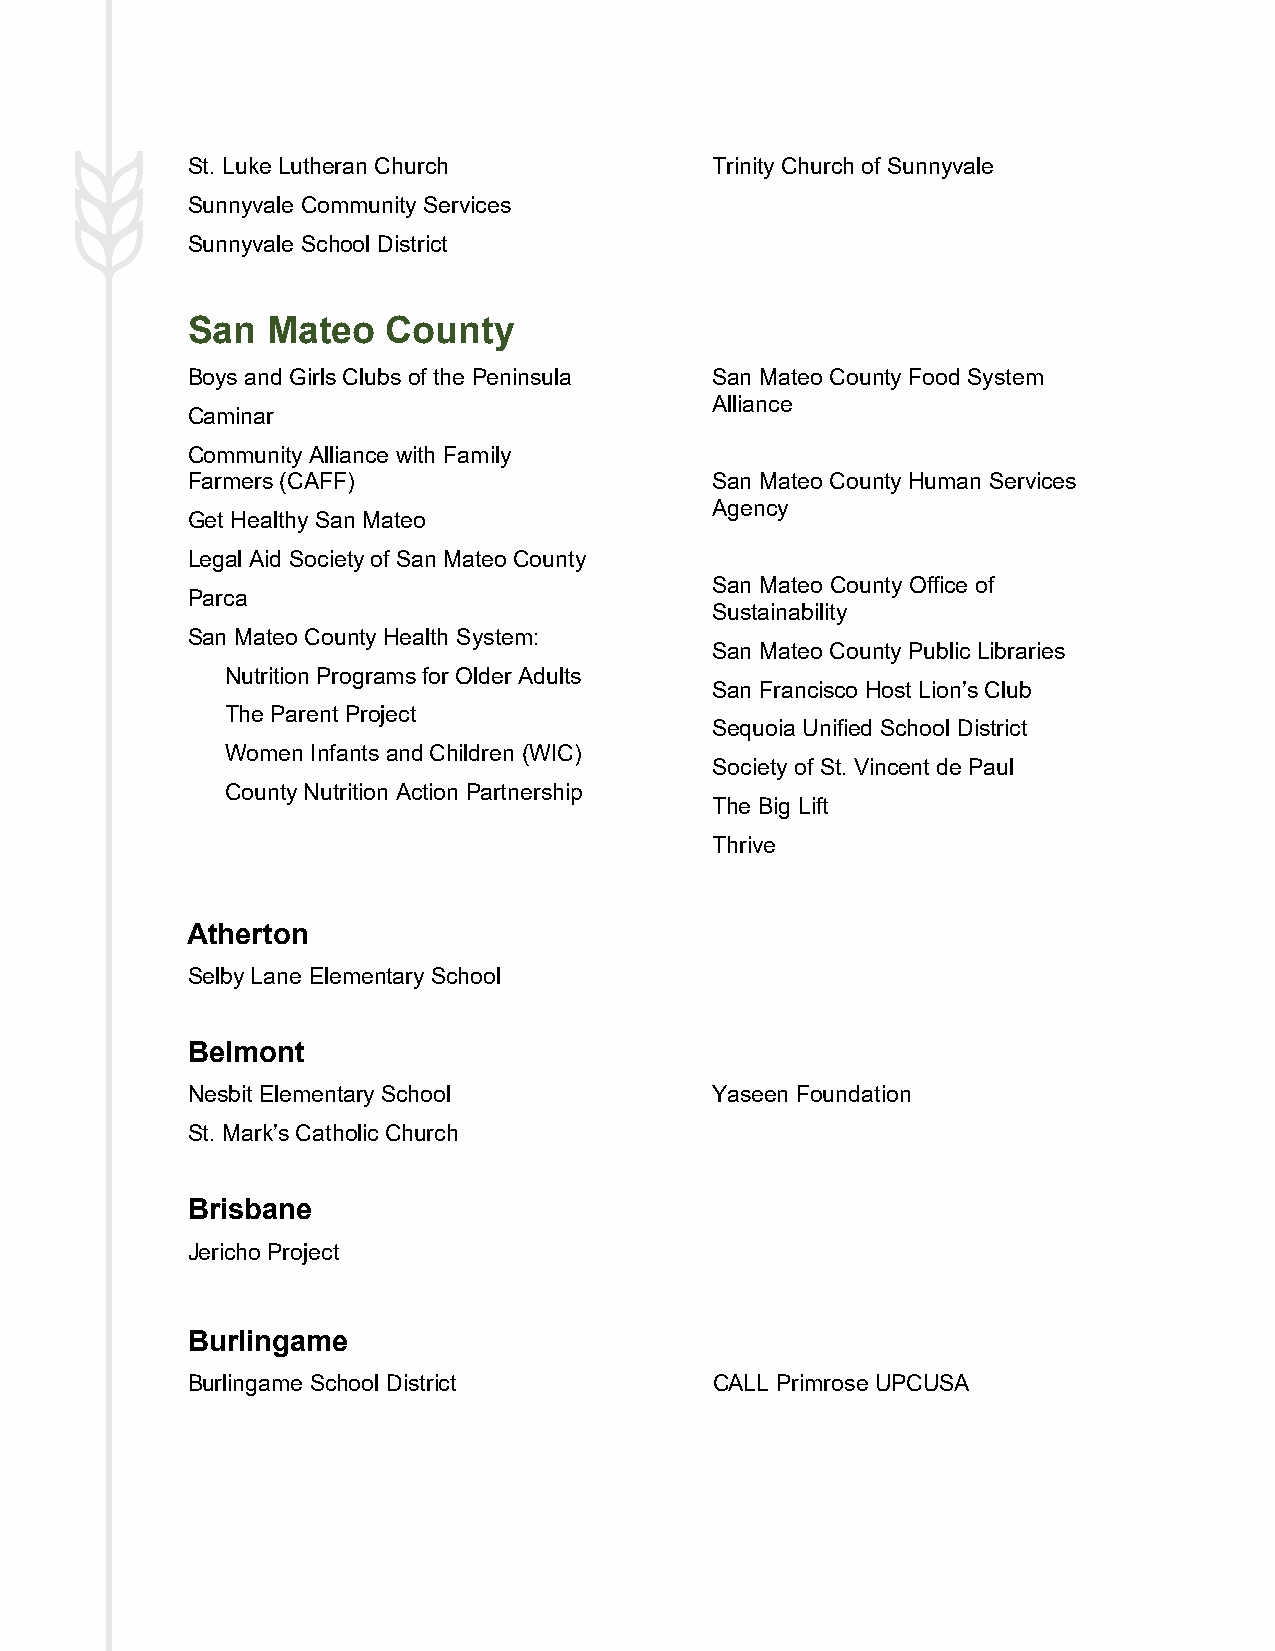
St. Luke Lutheran Church           Trinity Church of Sunnyvale
 Sunnyvale Community Services
 Sunnyvale School District
 San   Mateo   County
 Boys and Girls Clubs of the Peninsula San Mateo County Food System
 Alliance
 Caminar
 Community Alliance with Family
 Farmers (CAFF)                     San Mateo County Human Services
 Agency
 Get Healthy San Mateo
 Legal Aid Society of San Mateo County
 San Mateo County Office of
 Parca
 Sustainability
 San Mateo County Health System:
 San Mateo County Public Libraries
 Nutrition Programs for Older Adults
 San Francisco Host Lion’s Club
 The Parent Project
 Sequoia Unified School District
 Women Infants and Children (WIC)
 Society of St. Vincent de Paul
 County Nutrition Action Partnership
 The Big Lift
 Thrive
 Atherton
 Selby Lane Elementary School
 Belmont
 Nesbit Elementary School           Yaseen Foundation
 St. Mark’s Catholic Church
 Brisbane
 Jericho Project
 Burlingame
 Burlingame School District         CALL Primrose UPCUSA